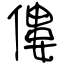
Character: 僂